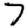
Digit: 7